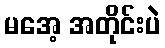
မအေ့ အတိုင်းပဲ